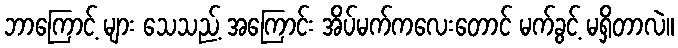
ဘာကြောင့် များ သေသည့် အကြောင်း အိပ်မက်ကလေးတောင် မက်ခွင့် မရှိတာလဲ။